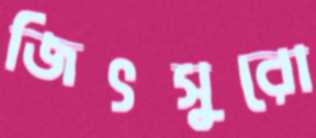
জিৎসুরো